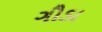
ગૌડા